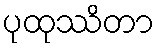
ပုထုဿိတာ